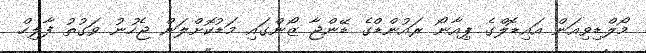
މޯލްޑިވިއަން އައިޑޮލްގެ ޕިއާނޯ ރައުންޑްގެ ޑޭންޖާ ޒޯންގައި މަޑުކޮށްލަން ޖެހުނު ވަގުތު ފާލިހް